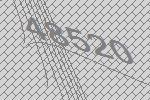
48520